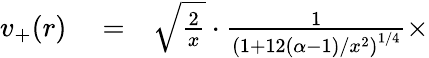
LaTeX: \begin{array}{rlr}{v_{+}(r)}&{{}=}&{\sqrt{\frac{2}{x}}\cdot\frac{1}{\left(1+12(\alpha-1)/x^{2}\right)^{1/4}}\times}\end{array}